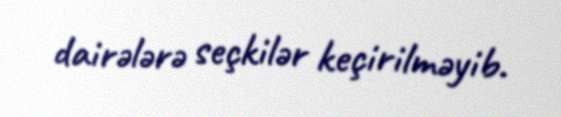
dairələrə seçkilər keçirilməyib.